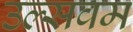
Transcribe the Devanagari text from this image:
उल्सवम